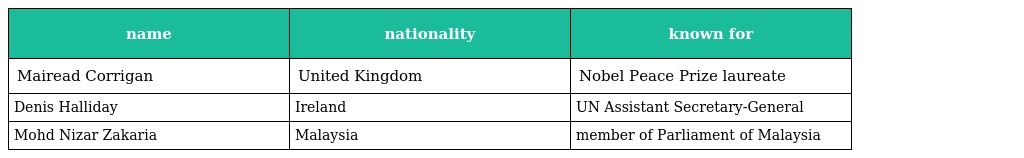
| name | nationality | known for |
 | --- | --- | --- |
 | Mairead Corrigan | United Kingdom | Nobel Peace Prize laureate |
 | Denis Halliday | Ireland | UN Assistant Secretary-General |
 | Mohd Nizar Zakaria | Malaysia | member of Parliament of Malaysia |